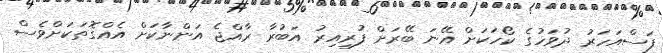
ފަސްއަހަރު ދުވަހުގެ ކޯހަކަށް އޭނަ ބޭރަށް ފުރިއިރު އަބުރާ ރާއްޖެ އަންނާކަށް އެއްގޮތަކަށްވެސް